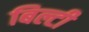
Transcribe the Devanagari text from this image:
बिल्टी